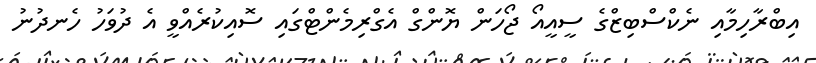
އިބްރާހިމާއި ނެކްސްބިޒްގެ ސީއީއޯ ޖޯހަން ޔޮންގް އެގްރިމެންޓްގައި ސޮއިކުރެއްވީ އެ ދުވަހު ހެނދުނު